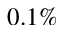
0 . 1 \%